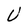
Character: U